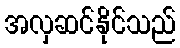
အလှဆင်နိုင်သည်